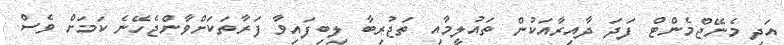
އަދި މެނޭޖްމެންޓް ފަދަ ދާއިރާއަކުން ތައުލީމާއި ތަޖުރިބާ ލިބިފައިވާ ފަރާތަކަށްވާންޖެހޭނެ ކަމަށް ވެސް